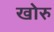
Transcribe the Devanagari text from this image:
खोरु